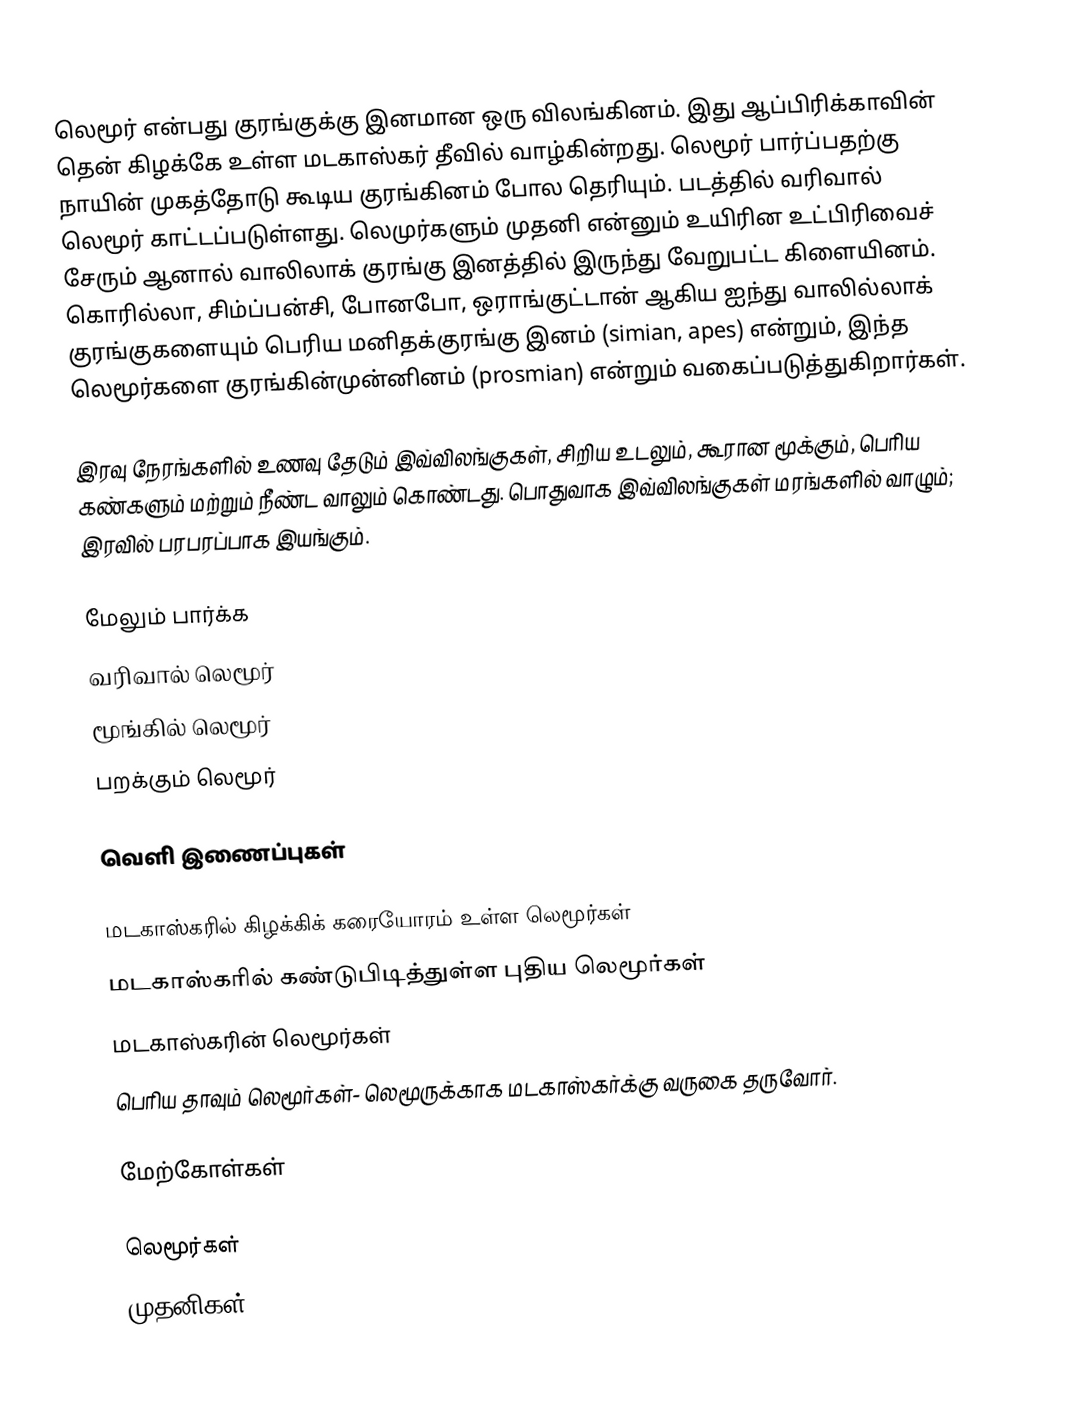
லெமூர் என்பது குரங்குக்கு இனமான ஒரு விலங்கினம். இது ஆப்பிரிக்காவின் தென் கிழக்கே உள்ள மடகாஸ்கர் தீவில் வாழ்கின்றது. லெமூர் பார்ப்பதற்கு நாயின் முகத்தோடு கூடிய குரங்கினம் போல தெரியும். படத்தில் வரிவால் லெமூர் காட்டப்படுள்ளது. லெமுர்களும் முதனி என்னும் உயிரின உட்பிரிவைச் சேரும் ஆனால் வாலிலாக் குரங்கு இனத்தில் இருந்து வேறுபட்ட கிளையினம். கொரில்லா, சிம்ப்பன்சி, போனபோ, ஒராங்குட்டான் ஆகிய ஐந்து வாலில்லாக் குரங்குகளையும் பெரிய மனிதக்குரங்கு இனம் (simian, apes) என்றும், இந்த லெமூர்களை குரங்கின்முன்னினம் (prosmian) என்றும் வகைப்படுத்துகிறார்கள்.

இரவு நேரங்களில் உணவு தேடும் இவ்விலங்குகள், சிறிய உடலும், கூரான மூக்கும், பெரிய கண்களும் மற்றும் நீண்ட வாலும் கொண்டது. பொதுவாக இவ்விலங்குகள் மரங்களில் வாழும்; இரவில் பரபரப்பாக இயங்கும்.

மேலும் பார்க்க
 வரிவால் லெமூர்
 மூங்கில் லெமூர்
 பறக்கும் லெமூர்

வெளி இணைப்புகள்

 மடகாஸ்கரில் கிழக்கிக் கரையோரம் உள்ள லெமூர்கள்
 மடகாஸ்கரில் கண்டுபிடித்துள்ள புதிய லெமூர்கள்
 மடகாஸ்கரின் லெமூர்கள்
 பெரிய தாவும் லெமூர்கள்- லெமூருக்காக மடகாஸ்கர்க்கு வருகை தருவோர்.

மேற்கோள்கள்

லெமூர்கள்
முதனிகள்